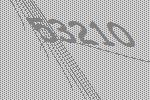
53210